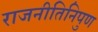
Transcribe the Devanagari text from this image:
राजनीतिनिपुण